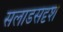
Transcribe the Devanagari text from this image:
सलाडसदृश